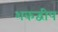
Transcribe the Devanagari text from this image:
शकद्वीप